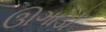
ઊગાડો